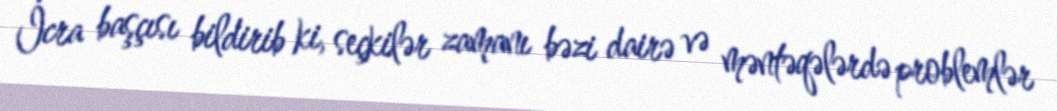
İcra başçısı bildirib ki, seçkilər zamanı bəzi dairə və məntəqələrdə problemlər